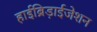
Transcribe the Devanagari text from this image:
हाईब्रिड़ाईजेशन